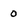
Character: 0